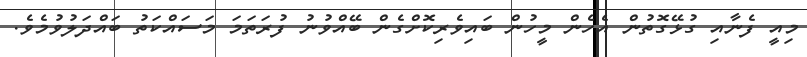
މިއީ ފެނާއި ގުޅޭގޮތުން އެހެން މީހުން ބައިވެރިކޮށްގެން ބޭއްވުނު ފުރަތަމަ މަސައްކަތު ބައްދަލުވުމެވެ.